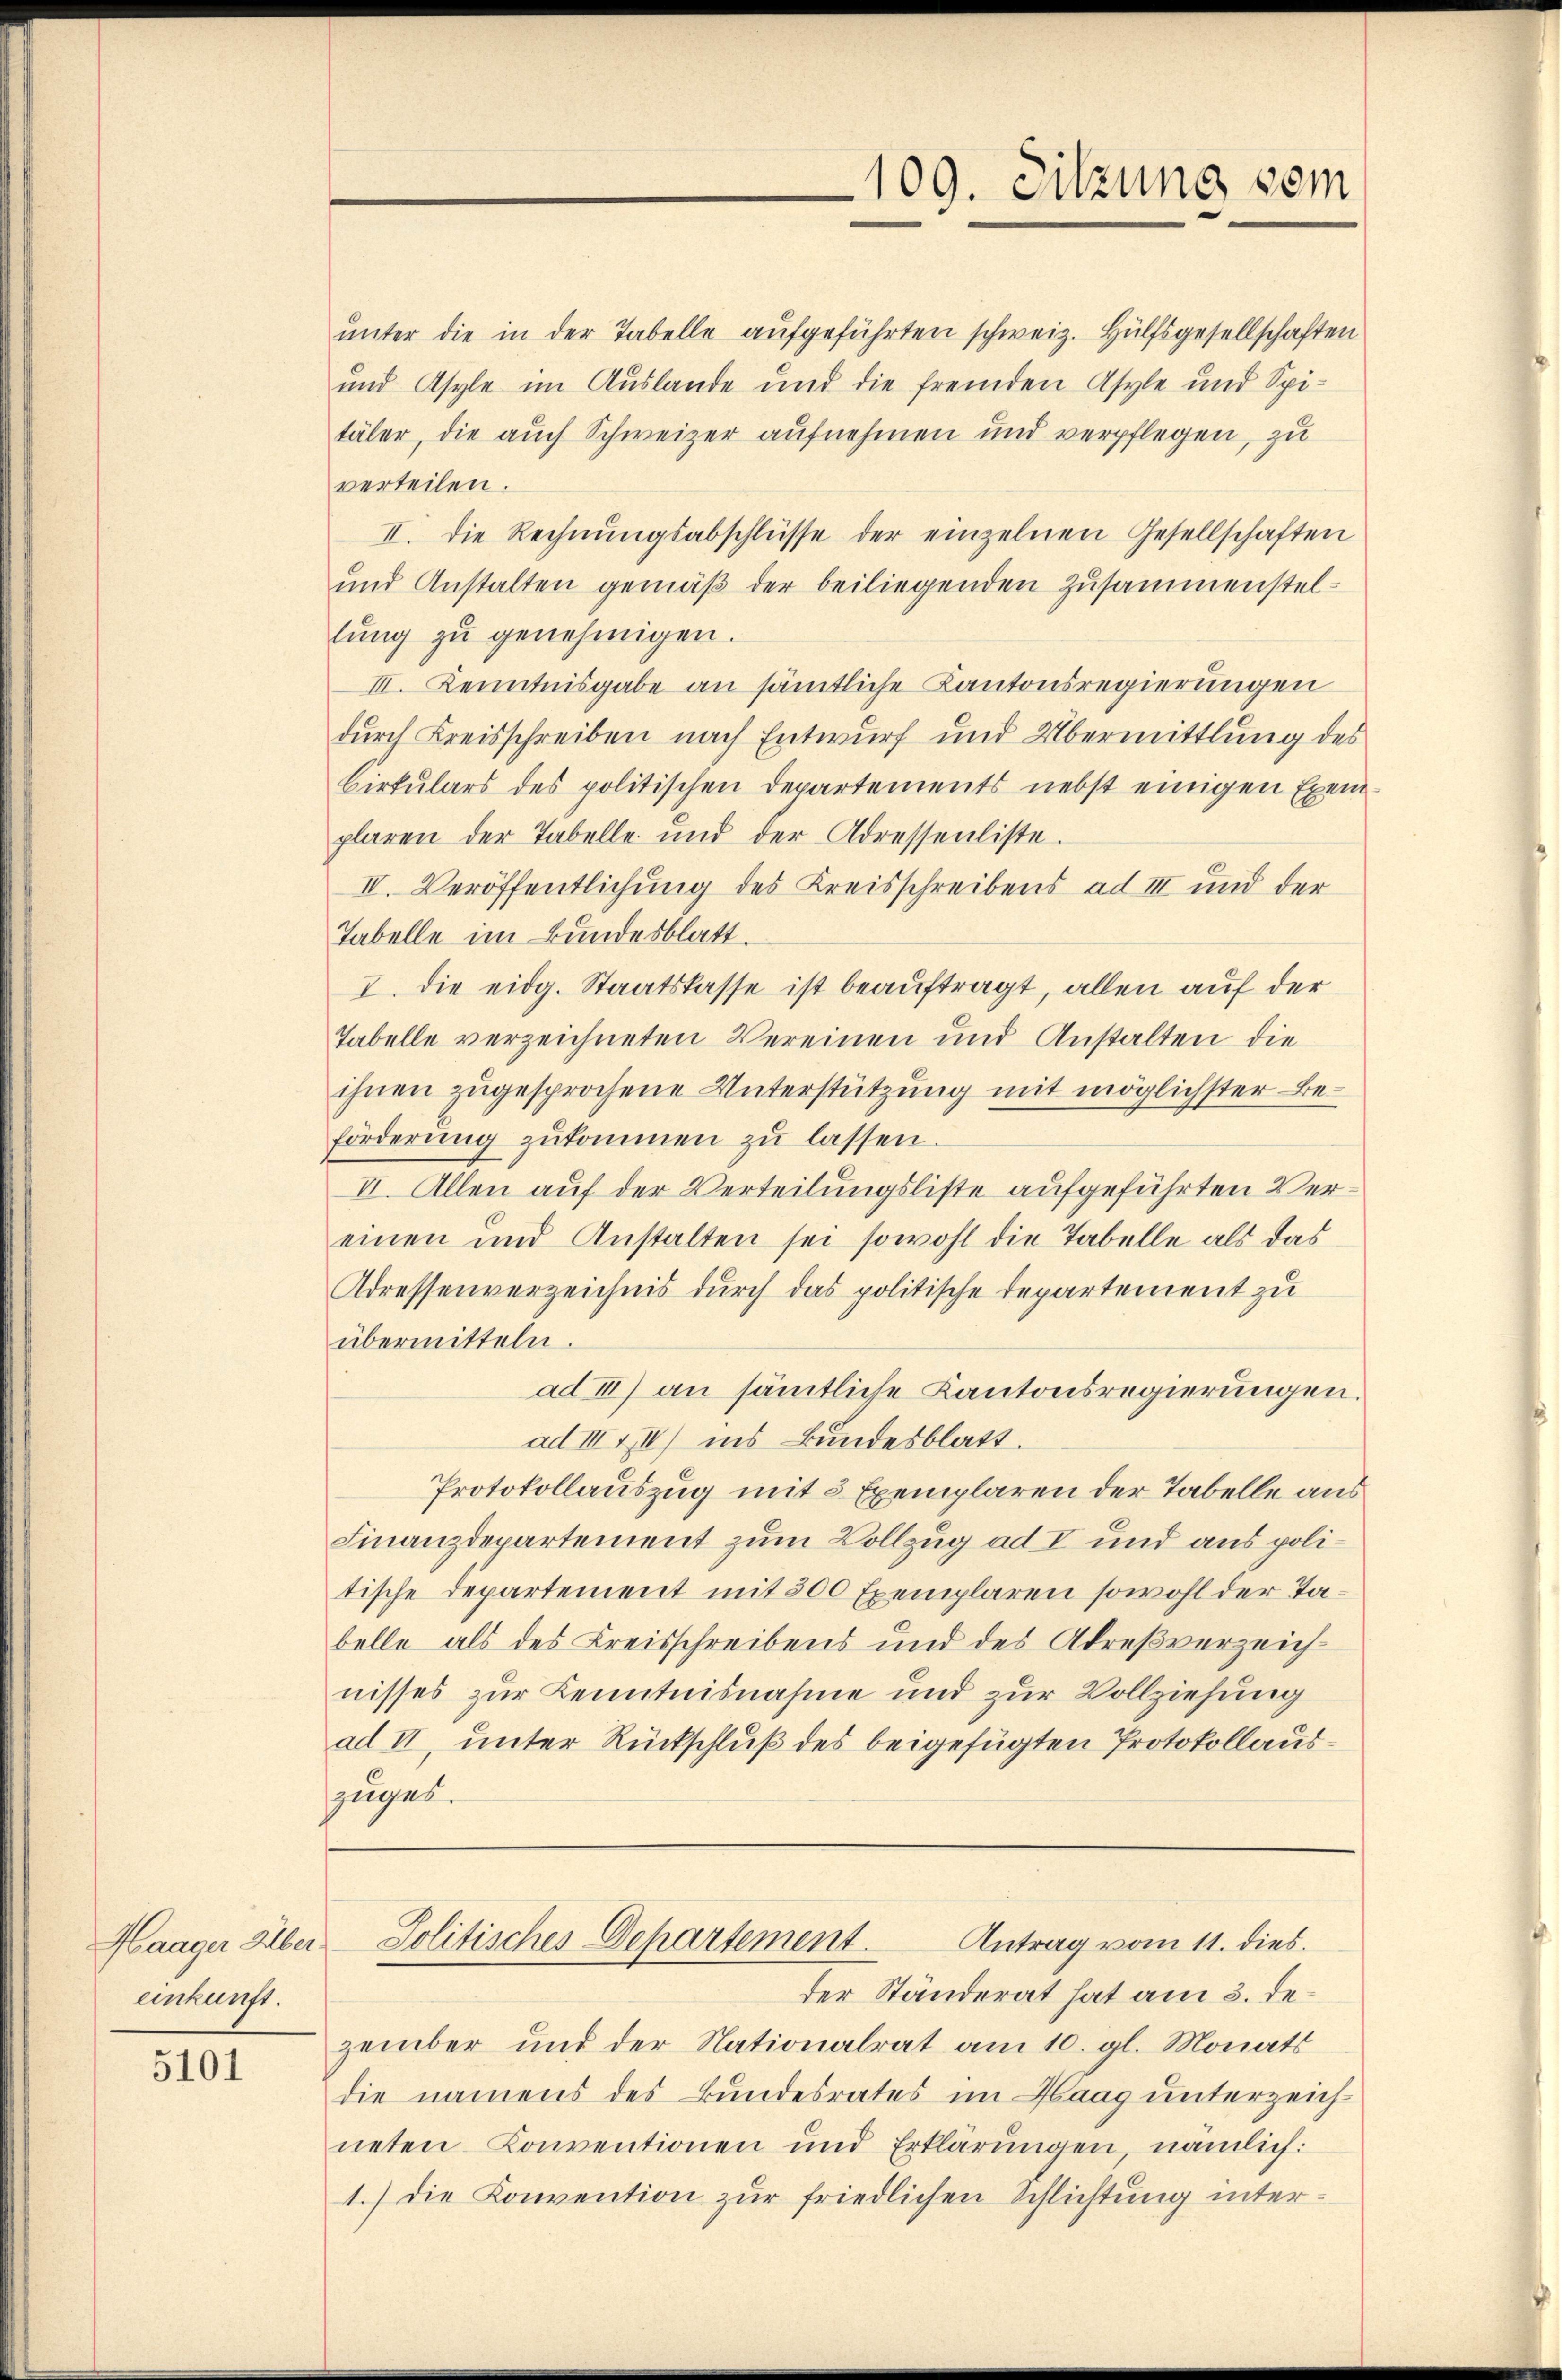
Haager Alber
einkunft.

5101

109. Sitzung vom

unter die in der Tabelle aufgeführten schweiz. Hülfsgesellschaften
und Asyle im Auslande und die fremden Asyle und Spi-
täler, die auch Schweizer aufnehmen und verpflegen, zu
verteilen.
II. Die Rechnŭngsabschlüsse der einzelnen Gesellschaften
und Anstalten gemäß der beiliegenden Zusammenstellŭng zŭ genehmigen.
III. Kenntnisgabe an sämtliche Kantonsregierungen
durch Kreisschreiben nach Entwurf und Übermittlung des
Cirkulars des politischen Departements nebst einigen Exemplaren der Tabelle und der Adressenliste.
IV. Veröffentlichung des Kreisschreibens ad III und der
Tabelle im Bundesblatt.
I. Die eidg. Staatskasse ist beauftragt, allen auf der
Tabelle verzeichneten Vereinen und Anstalten die
ihnen zugesprochene Unterstützung mit möglichster Beförderŭng zŭkommen zŭ lassen.
II. Allen auf der Verteilungsliste aufgeführten Vereinen und Anstalten sei sowohl die Tabelle als das
Adressenverzeichnis durch das politische Departement zu
übermitteln.
ad III) an sämtliche Kantonsregierungen.
ad III II) ins Bundesblatt.
Protokollauszug mit 3 Exemplaren der Tabelle aus
Finanzdepartement zum Vollzug ad I und aus politische Departement mit 300 Exemplaren sowohl der Tabelle als des Kreisschreibens und des Adresverzeichnisses zur Kenntnisnahme und zur Vollziehung
ad II, unter Rückschluß des beigefügten Protokollausszuges.

Politisches Departement.
Antrag vom 11. dies.

Der Ständerat hat am 3. dezember und der Nationalrat am 10. gl. Monats
die namens des Bundesrates im Haag unterzeichneten Konventionen und Erklärungen nämlich:
1.) Die Konvention zur friedlichen Schlichtung inter¬